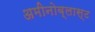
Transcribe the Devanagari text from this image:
अमीनोब्लास्ट